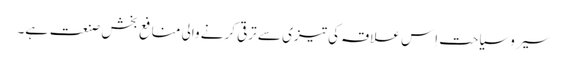
سیر وسیاحت اِس علاقہ کی تیزی سے ترقی کرنے والی منافع بخش صنعت ہے۔